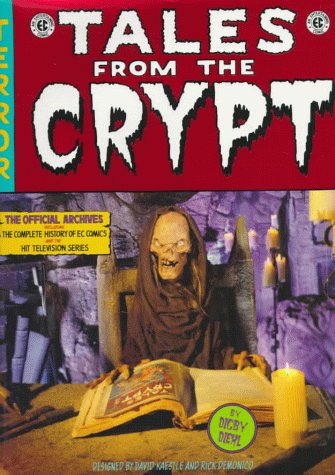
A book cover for Tales from the Crypt: The Official Archives; Digby Diehl; Crafts, Hobbies & Home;